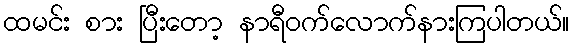
ထမင်း စား ပြီးတော့ နာရီဝက်လောက်နားကြပါတယ်။